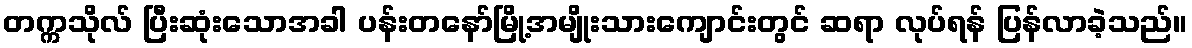
တက္ကသိုလ် ပြီးဆုံးသောအခါ ပန်းတနော်မြို့အမျိုးသားကျောင်းတွင် ဆရာ လုပ်ရန် ပြန်လာခဲ့သည်။